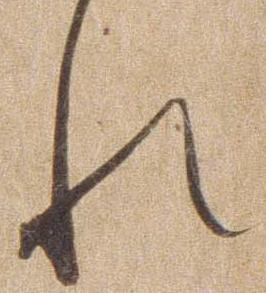
れ